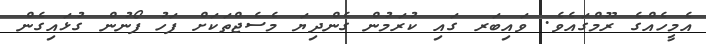
އެމީހެއްގެ ރޫމްގައެވެ. ވައިބަރ ގައި ކުރަމުން ގެންދިޔަ މެސެޖްތަކަށް ފަހު ފޯނުން ގުޅައިގެން